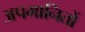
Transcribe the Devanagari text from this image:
अपमानितों